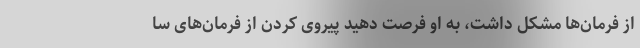
از فرمان‌ها مشکل داشت، به او فرصت دهید پیروی کردن از فرمان‌های سا